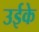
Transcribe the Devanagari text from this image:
उईके